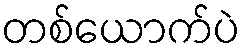
တစ်ယောက်ပဲ